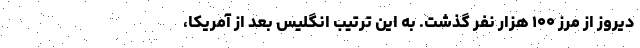
دیروز از مرز ۱۰۰ هزار نفر گذشت. به این ترتیب انگلیس بعد از آمریکا،